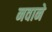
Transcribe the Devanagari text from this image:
नवाने